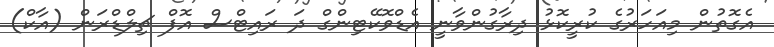
އެގޮތުން މިއަހަރުގެ ކުރީކޮޅު ދިރާގުންވާނީ އެޑްވޮކޭޓިންގް ދަ ރައިޓްސް އޮފް ޗިލްޑްރަން (އާކް)